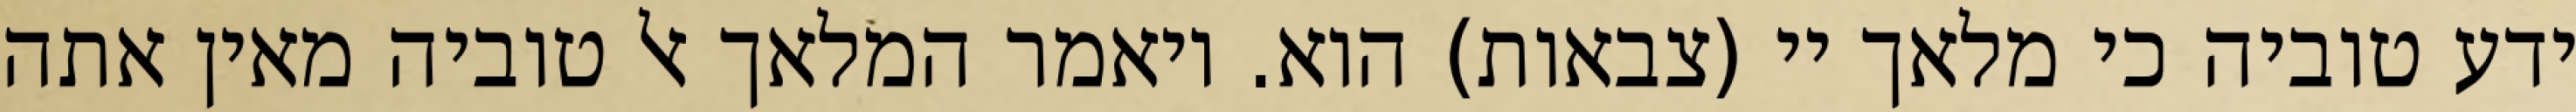
ידע טוביה כי מלאך יי (צבאות) הוא. ויאמר המלאך אל טוביה מאין אתה